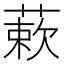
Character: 蔌